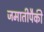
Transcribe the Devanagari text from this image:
जमातीपैकी